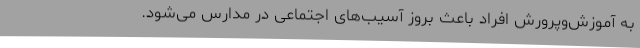
به آموزش‌وپرورش افراد باعث بروز آسیب‌های اجتماعی در مدارس می‌شود.